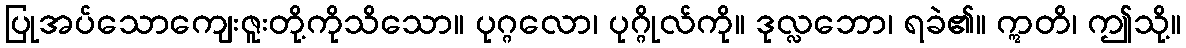
ပြုအပ်သောကျေးဇူးတို့ကိုသိသော။ ပုဂ္ဂလော၊ ပုဂ္ဂိုလ်ကို။ ဒုလ္လဘော၊ ရခဲ၏။ ဣတိ၊ ဤသို့။